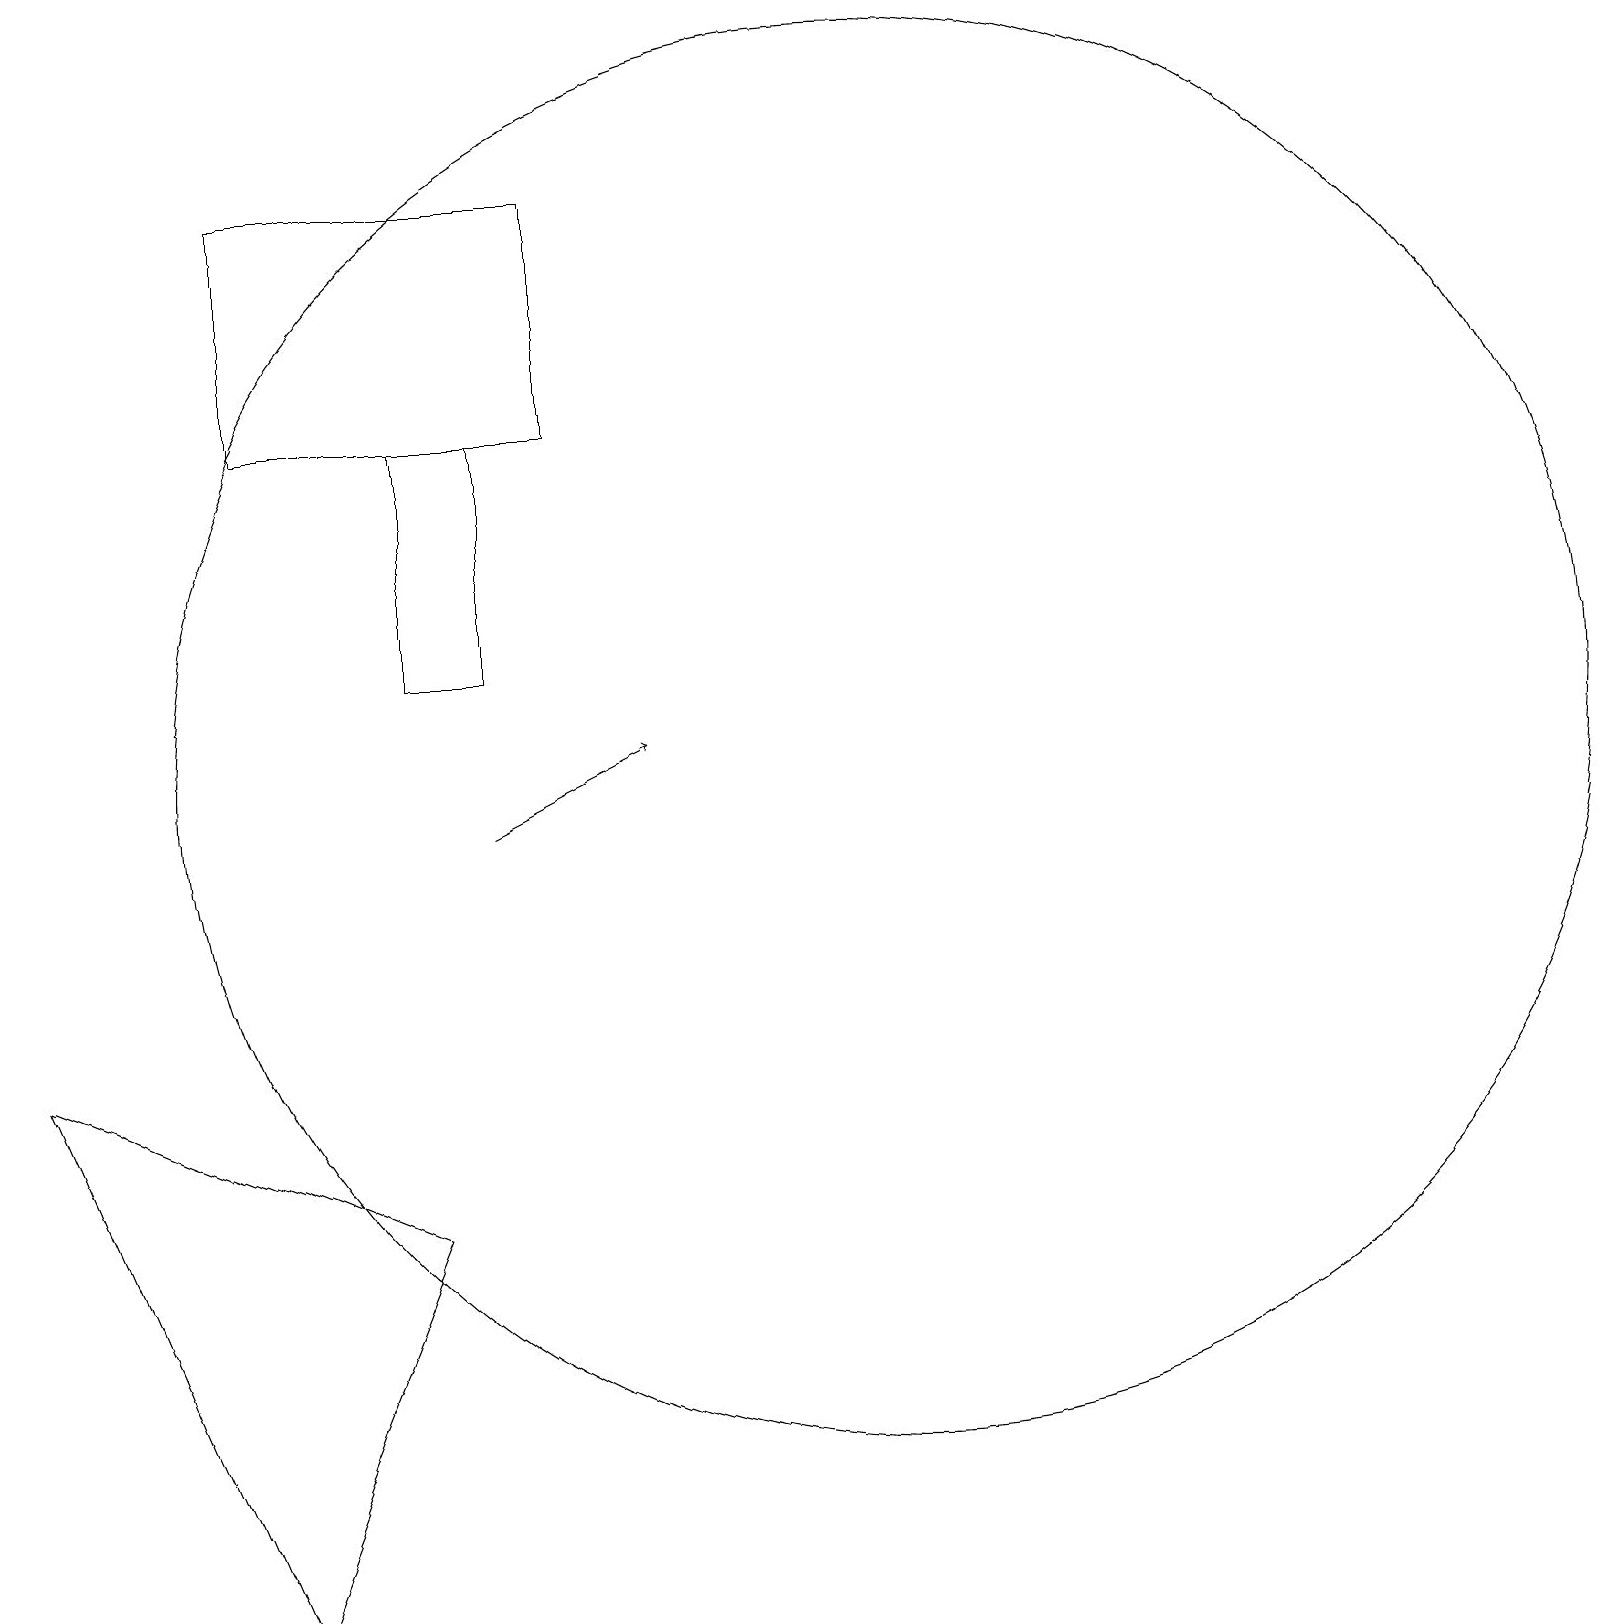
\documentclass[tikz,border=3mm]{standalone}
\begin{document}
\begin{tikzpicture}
\draw[->] (6,10) -- (8,11);
\draw (5,15) rectangle (6,12);
\draw (0,7) -- (3,0) -- (5,5) -- cycle;
\draw (11,11) circle (9);
\draw (3,15) rectangle (7,18);
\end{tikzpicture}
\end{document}